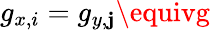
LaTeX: g_{x,i}=g_{y,\mathbf{j}}\equivg